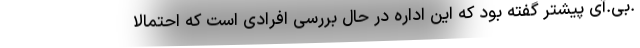
.بی.آی پیشتر گفته بود که این اداره در حال بررسی افرادی است که احتمالا